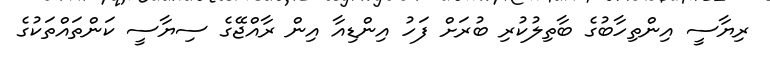
ރިޔާސީ އިންތިހާބުގެ ބާތިލުކުރި ބުރަށް ފަހު އިންޑިއާ އިން ރާއްޖޭގެ ސިޔާސީ ކަންތައްތަކުގެ